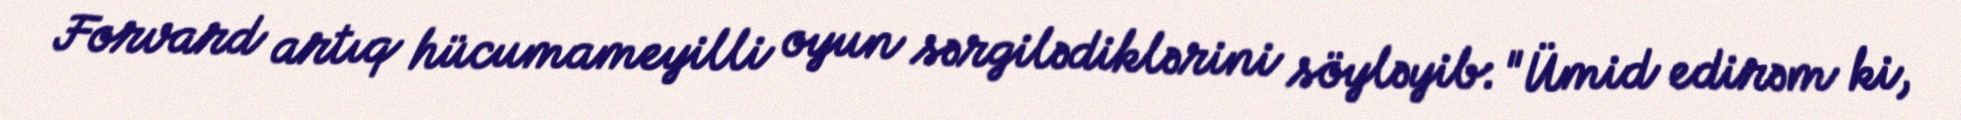
Forvard artıq hücumameyilli oyun sərgilədiklərini söyləyib: "Ümid edirəm ki,